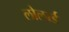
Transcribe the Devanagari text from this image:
लोलार्ड